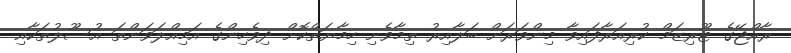
ރާއްޖޭގެ ޓޫރިޒަމް ކުރިއަރާފައިވާ މިންވަރަށް ބަލާއިރު ތިމާވެށި ހިމާޔަތްކޮށް ދިވެހިންގެ އަމިއްލަވަންތަ އުސޫލުތަކާއި